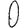
Digit: 0